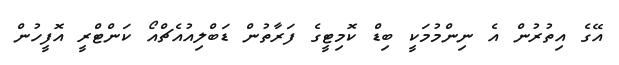
އޭގެ އިތުރުން އެ ނިންމުމަކީ ބިޑް ކޮމިޓީގެ ފަރާތުން ޑަބްލިއުއެޗްއޯ ކަންޓްރީ އޮފީހުން